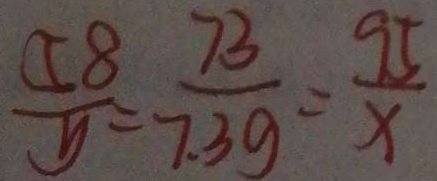
\frac { 5 8 } { y } = \frac { 7 3 } { 7 . 3 9 } = \frac { 9 5 } { x }